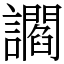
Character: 讇